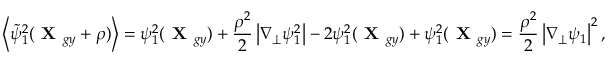
\left\langle \tilde { \psi } _ { 1 } ^ { 2 } ( \textbf { X } _ { g y } + \boldsymbol { \rho } ) \right\rangle = \psi _ { 1 } ^ { 2 } ( \textbf { X } _ { g y } ) + \frac { \rho ^ { 2 } } { 2 } \left| \nabla _ { \perp } \psi _ { 1 } ^ { 2 } \right| - 2 \psi _ { 1 } ^ { 2 } ( \textbf { X } _ { g y } ) + \psi _ { 1 } ^ { 2 } ( \textbf { X } _ { g y } ) = \frac { \rho ^ { 2 } } { 2 } \left| \nabla _ { \perp } \psi _ { 1 } \right| ^ { 2 } ,